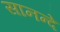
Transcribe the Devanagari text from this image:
सानन्दे